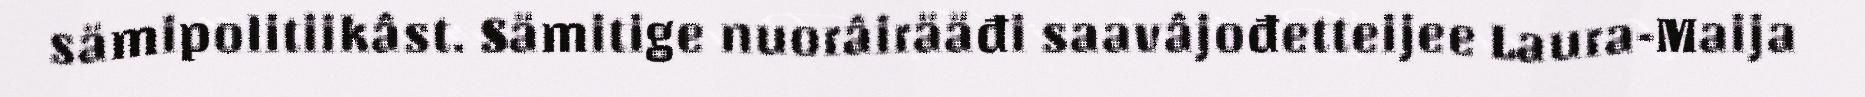
sämipolitiikâst. Sämitige nuorâirääđi saavâjođetteijee Laura-Maija